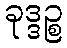
ခုဒ္ဒဉ္စ